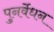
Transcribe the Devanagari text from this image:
पुनर्वेधन